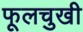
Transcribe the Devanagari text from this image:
फूलचुखी